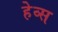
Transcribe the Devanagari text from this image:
हेव्स